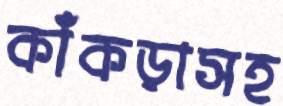
কাঁকড়াসহ